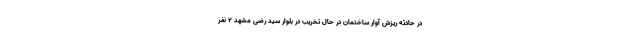
در حادثه ریزش آوار ساختمان در حال تخریب در بلوار سید رضی مشهد 2 نفر